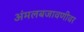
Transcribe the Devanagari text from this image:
अंमलबजावणीवर